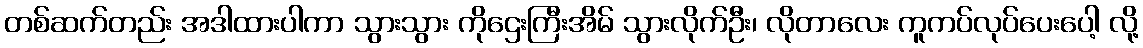
တစ်ဆက်တည်း အဒါထားပါကာ သွားသွား ကိုဌေးကြီးအိမ် သွားလိုက်ဦး၊ လိုတာလေး ကူကပ်လုပ်ပေးပေါ့ လို့